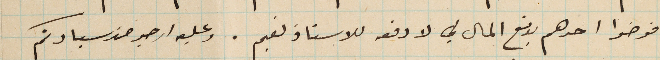
فوضوا احدهم بدفع المال لي لا دفعه للاستاذ نعيم. وعليه ارجو من سيادتكم